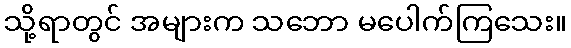
သို့ရာတွင် အများက သဘော မပေါက်ကြသေး။